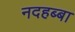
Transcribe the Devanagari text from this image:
नदहब्बा